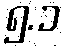
၅.၁